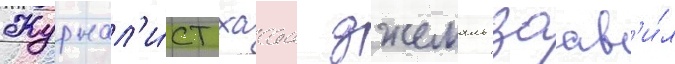
Журнал'и́ст хасан джемаль заав'и́л